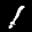
Label: 1